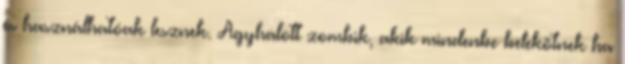
és használhatóak lesznek. Agyhalott zombik, akik mindenbe belekötnek ha